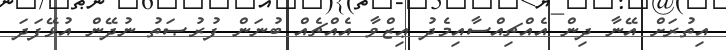
އިތުރަށް އޭނާ ދިން އެއްޗިއްސާއިމެދު ޢިޒްވާ އެއްޗެއް ބުނަން ފުރުޞަތު ނުދޭން އުޅޭފަދަ